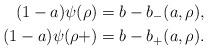
LaTeX: \begin{align*}(1-a) \psi(\rho) &= b-b_-(a,\rho),\\(1-a) \psi(\rho+) &= b-b_+(a,\rho).\end{align*}